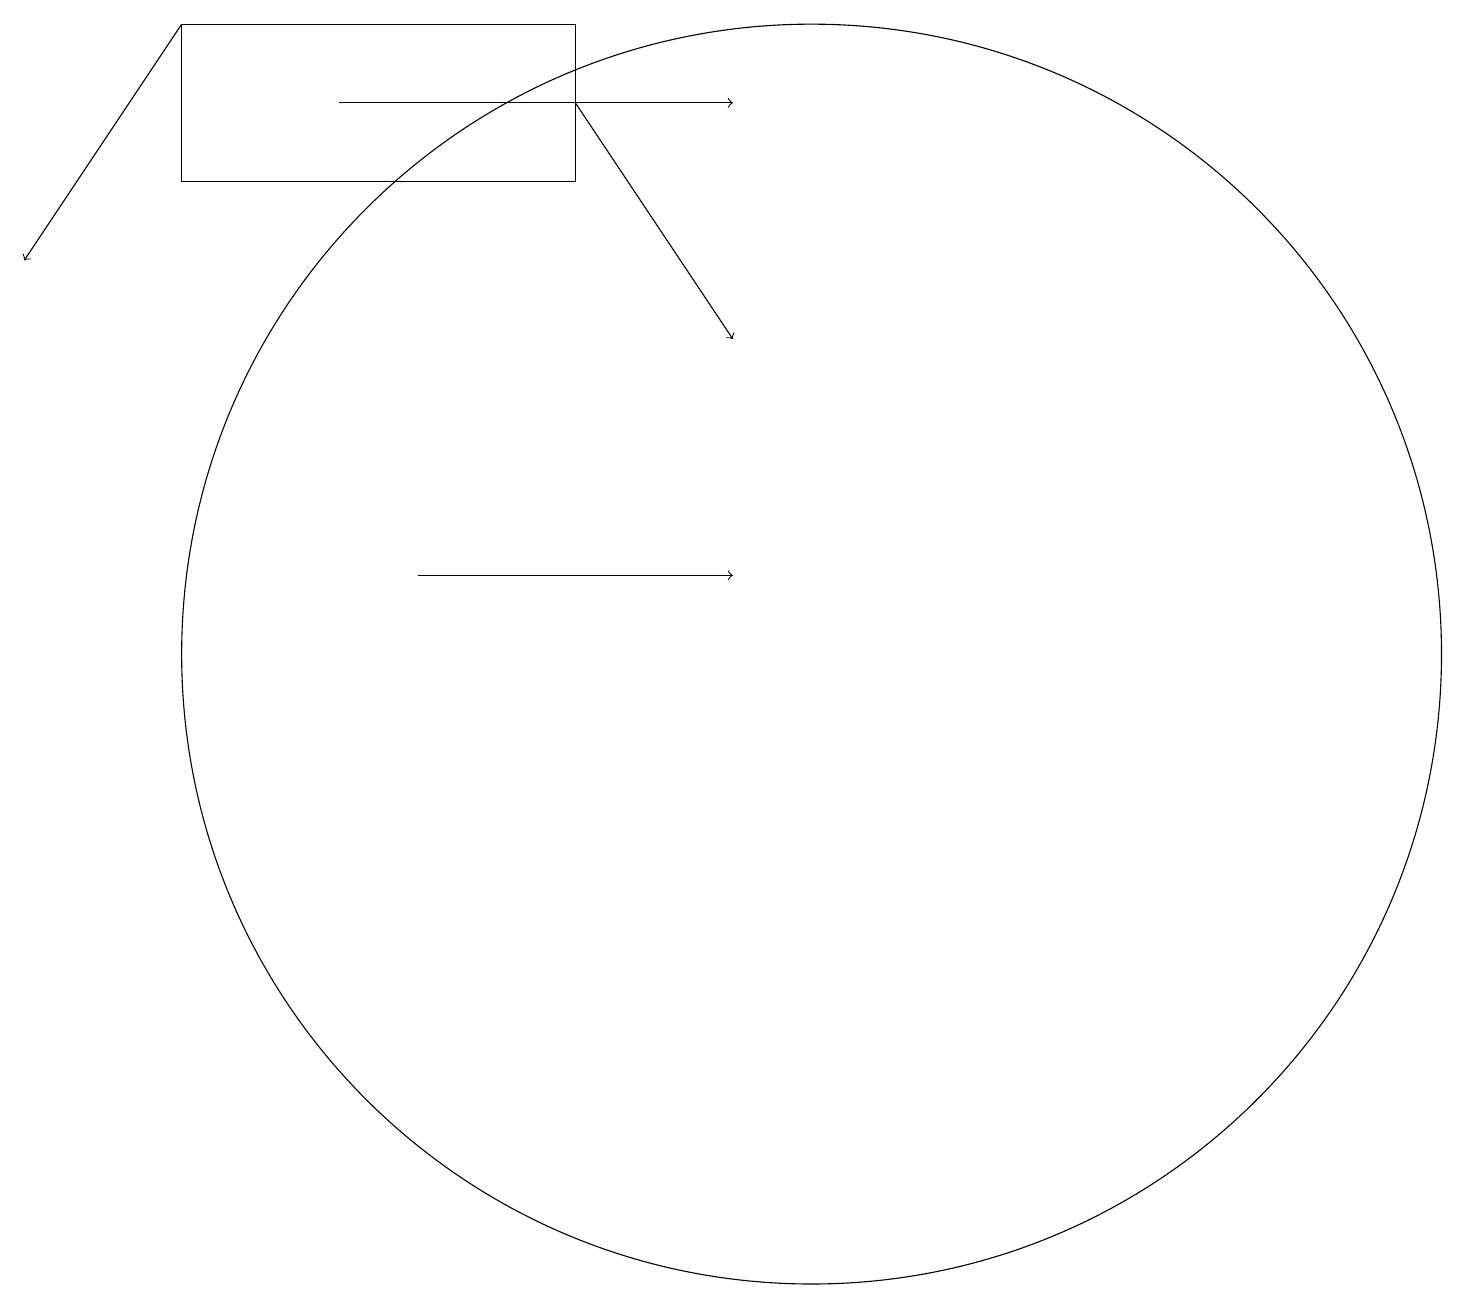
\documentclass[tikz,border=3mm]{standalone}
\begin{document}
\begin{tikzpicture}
\draw (7,19) rectangle (2,17);
\draw[->] (2,19) -- (0,16);
\draw (10,11) circle (8);
\draw[->] (5,12) -- (9,12);
\draw[->] (7,18) -- (9,15);
\draw[->] (4,18) -- (9,18);
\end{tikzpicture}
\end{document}